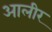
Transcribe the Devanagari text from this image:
आलीर